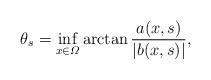
LaTeX: \begin{align*}\theta_s= \inf_{x\in\varOmega} \arctan\frac{a(x,s)}{|b(x,s)|} ,\end{align*}